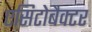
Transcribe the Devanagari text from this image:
एसिटोबैक्टर